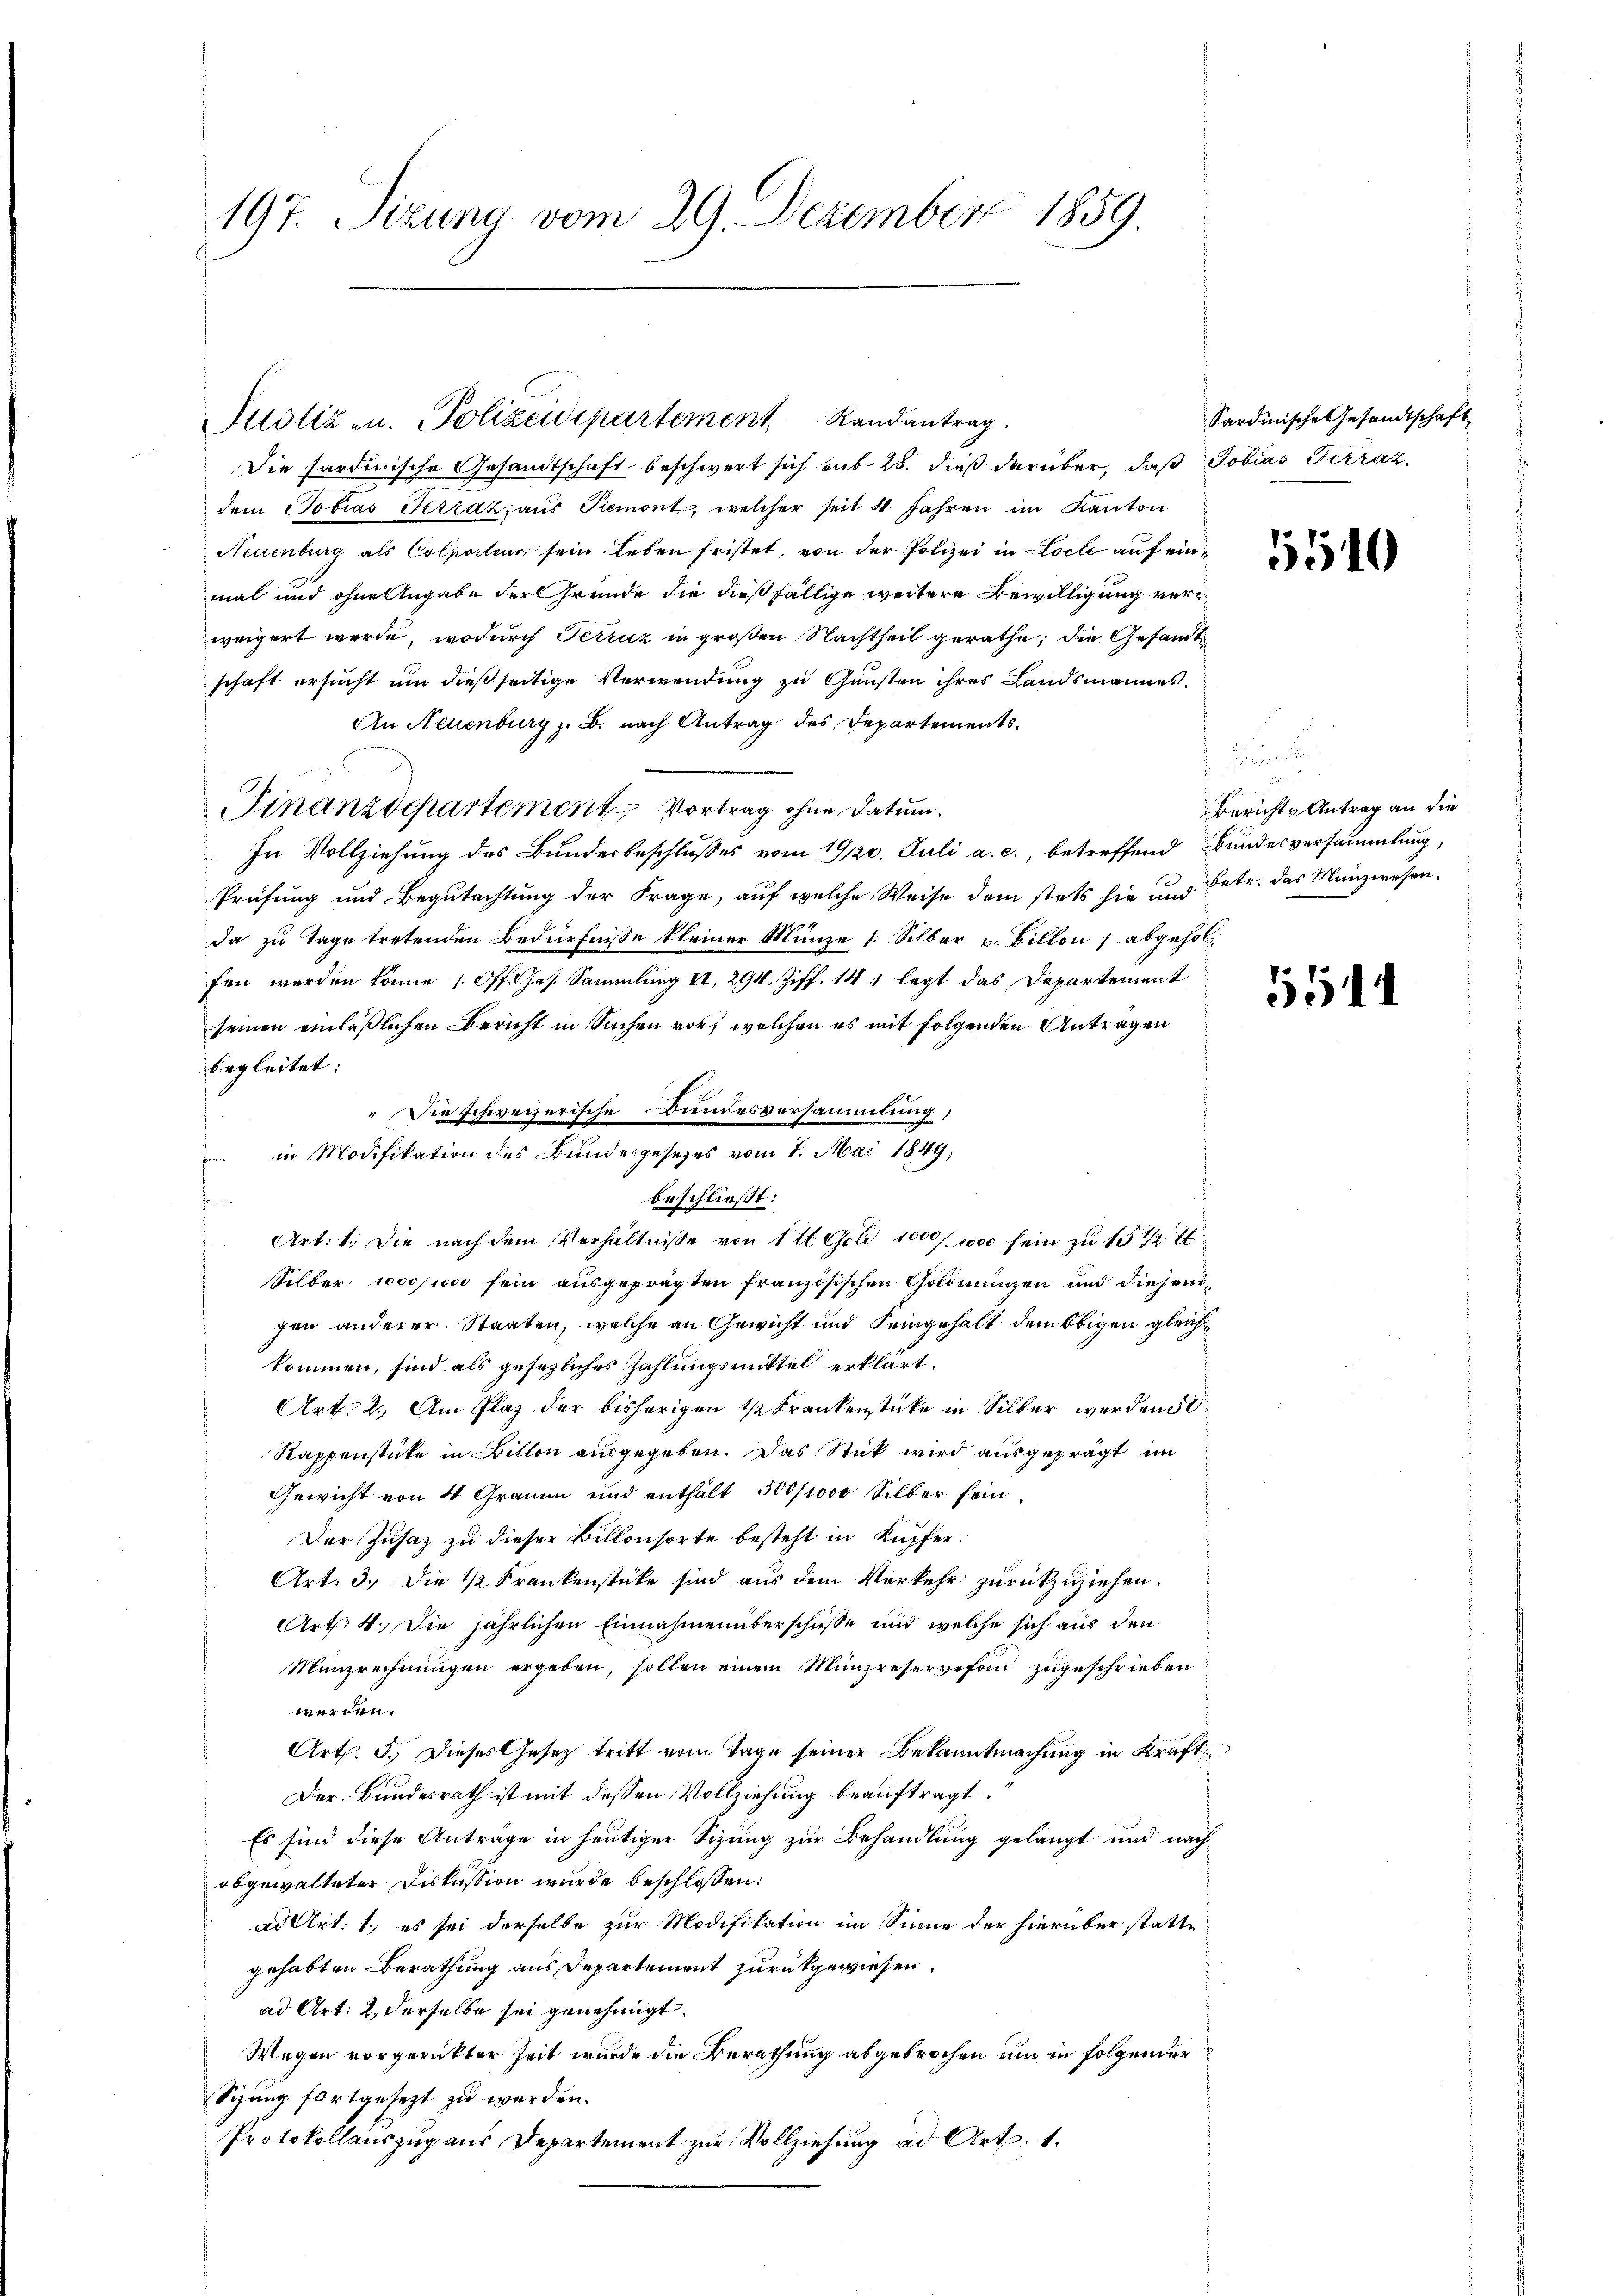
197. Sizung vom 29. Dezember 1859

Justiz- u. Polizeidepartement Randantrag

" Die schweizerische Bundesversammlung,

in Modifikation des Bundesgesetzes vom 7. Mai 1849,

n
Die Sardinische Gesandtschaft beschwert sich mit 28. dieß darüber, daß Tobias Terrat,
dem Tobias Terraz, aus Piemont, welcher seit 4 Jahren im Kanton
Neuenburg als Colporteur sein Leben fristet, von der Polizei in Loche auf einmal und ohne Angabe der Grunde die dießfällige weitere Bewilligung verweigert werde, wodurch Terraz in großen Nachtheil gerathe, die Gesandtschaft ersucht um dießseitige Verwendung zu Gunsten ihres Landsmannes.
An Neuenburg z. B. nach Antrag des Departements¬
Finanzdepartement Vortrag ohne Datum.
In Vollziehung des Bundesbeschlusses vom 19/20. Juli a. c., betreffend Bundesversammlung,
Prüfung und Begutachtung der Frage, auf welche Weise dem stets sie und betr. das Münzwesenda zu Tage tretenden Bedürfnisse kleiner Münze (: Silber u. Billon abgeholfen werden könne (Off. Ges. Sammlung II, 294. Ziff. 141 legt das Departement
seinen einläßlichen Bericht in Sachen vor, welchen es mit folgenden Antragen
begleitet.
f
beschließt:
¬
Art. 1. Die nach dem Verhältnisse von 1 l. Gold 1000. 1000 fein zu 15 1/2
Silber 100000 fein ausgeprägten französischen Goldmünzen und diejenigen anderer Staaten, welche an Gewicht und Seingehalt dem Obigen gleichkommen, sind als gesezliches Zahlungsmittel erklärt.
Art. 2. Am Plaz der bisherigen 1 Krankenstücke in Silber werden 50
Rappenstücke in Billon ausgegeben. Das Stück wird ausgeprägt im
Gewicht von 4 Graum und enthält 500/1000 Silber fein.
Der Zusaz zu dieser Billonsorte besteht in Kupfer.
Art: 3.) Die 1/2 Frankenstücke sind aus dem Verkehr zurückzuziehen.
Art: 4. Die jährlichen Einnahmenüberschüsse und welche sich aus den
Münzrechnungen ergeben, sollen einem Münzreservefond zugeschrieben
werden.
Art. 5. Dieses Gesetz tritt vom Tage seiner Bekanntmachung in Kraft
Der Bundesrath ist mit dessen Vollziehung beauftragt
Es sind diese Antrage in heutiger Sizung zur Behandlung gelangt und nach
abgewalteter Diskussion wurde beschlossen:
ad Art. 1, es sei derselbe zur Modifikation im Sinne der hierüber statte
gehabten Berathung aus Departement zurückgewiesen.
ad Art: 2. derselbe sei genehmigt.
Wegen vorgerückter Zeit wurde die Berathung abgebrochen um in folgender
Sizung fortgesezt zu werden.
Protokollauszug aus Departement zur Vollziehung ad Art. 1.

Sardinische Gesandtschaft,

5510

Berichts Antrag an die

551